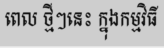
ពេល ថ្មីៗនេះ ក្នុងកម្មវិធី